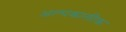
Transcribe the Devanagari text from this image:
अल्पकालीक